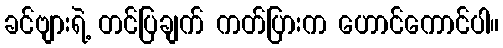
ခင်ဗျားရဲ့ တင်ပြချက် ကတ်ပြားက ဟောင်ကောင်ပါ။